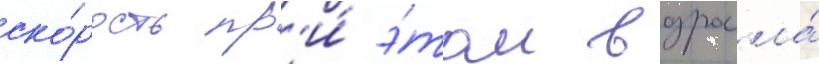
ско́рость пр'и́ э́том возросла́